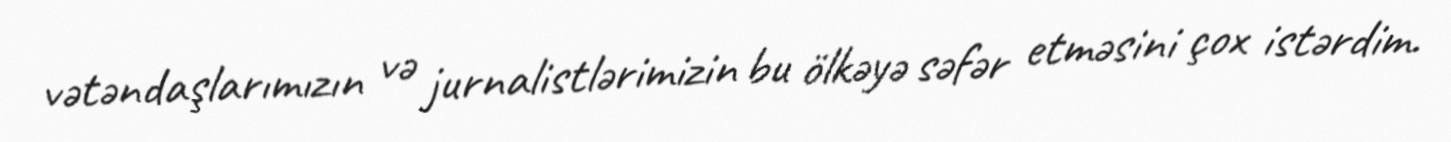
vətəndaşlarımızın və jurnalistlərimizin bu ölkəyə səfər etməsini çox istərdim.